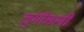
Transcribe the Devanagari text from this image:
लुंगीसानी